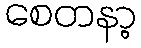
စေတနာ့